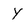
Character: Y